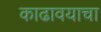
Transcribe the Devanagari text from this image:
काढावयाचा